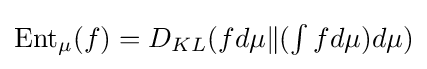
{\textstyle \operatorname {Ent} _{\mu }(f)=D_{KL}(fd\mu \|(\int fd\mu )d\mu )}